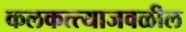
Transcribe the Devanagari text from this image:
कलकत्त्याजवळील